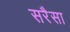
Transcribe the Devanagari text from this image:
सरैसा